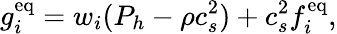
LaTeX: g_{i}^{\mathrm{eq}}=w_{i}(P_{h}-\rho c_{s}^{2})+c_{s}^{2}f_{i}^{\mathrm{eq}},